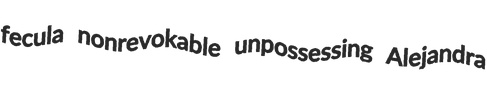
fecula nonrevokable unpossessing Alejandra